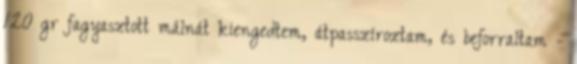
120 gr fagyasztott málnát kiengedtem, átpasszíroztam, és beforraltam -